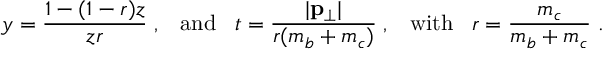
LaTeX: y = { \frac { 1 - ( 1 - r ) z } { z r } } \; , \; \; \; \mathrm { a n d } \; \; \; t = { \frac { | { \bf p } _ { \bot } | } { r ( m _ { b } + m _ { c } ) } } \; , \; \; \; \mathrm { w i t h } \; \; \; r = { \frac { m _ { c } } { m _ { b } + m _ { c } } } \; .